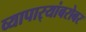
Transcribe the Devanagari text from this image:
व्यापार्‍यांबरोबर